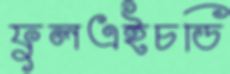
ফুলএইচডি